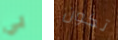
بي تكون